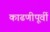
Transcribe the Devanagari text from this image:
काढणीपूर्वी